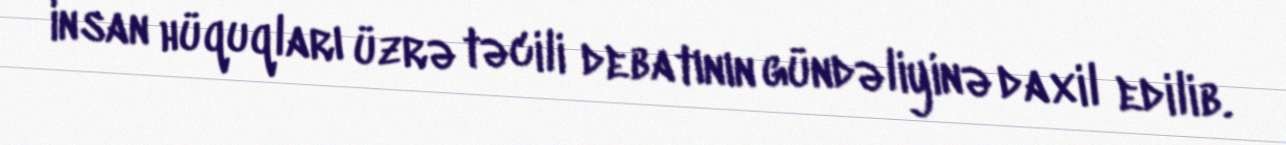
insan hüquqları üzrə təcili debatının gündəliyinə daxil edilib.